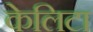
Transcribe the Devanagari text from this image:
केलिटा